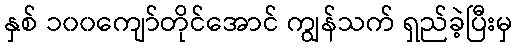
နှစ် ၁၀၀ကျော်တိုင်အောင် ကျွန်သက် ရှည်ခဲ့ပြီးမှ